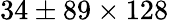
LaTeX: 34\pm 89\times 128